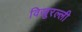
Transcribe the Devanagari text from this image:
विखुरल्ली